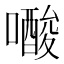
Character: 𭋟